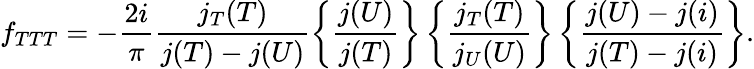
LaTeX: f_{TTT}=-{\frac{2i}{\pi}}\frac{j_{T}(T)}{j(T)-j(U)}\left\{ \frac{j(U)}{j(T)}\right\} \left\{ \frac{j_{T}(T)}{j_{U}(U)}\right\} \left\{ \frac{j(U)-j(i)}{j(T)-j(i)}\right\} .